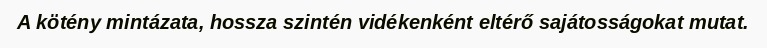
A kötény mintázata, hossza szintén vidékenként eltérő sajátosságokat mutat.